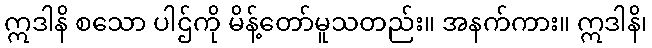
ဣဒါနိ စသော ပါဌ်ကို မိန့်တော်မူသတည်း။ အနက်ကား။ ဣဒါနိ၊